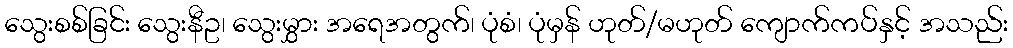
သွေးစစ်ခြင်း သွေးနီဥ၊ သွေးမွှား အရေအတွက်၊ ပုံစံ၊ ပုံမှန် ဟုတ်/မဟုတ် ကျောက်ကပ်နှင့် အသည်း